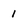
Character: 1